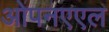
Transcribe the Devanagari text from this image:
ओपनएएल